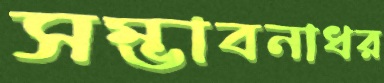
সম্ভাবনাধর